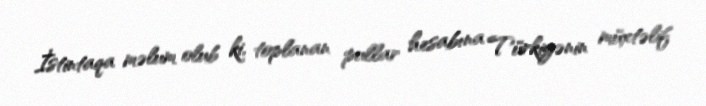
İstintaqa məlum olub ki, toplanan pullar hesabına Türkiyənin müxtəlif